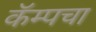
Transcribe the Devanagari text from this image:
कॅम्पचा